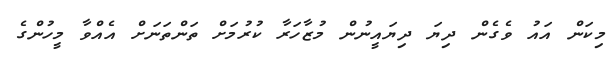
މިކަން އައު ވެގެން ދިޔަ ދިޔައީނުން މުޒާހަރާ ކުރުމަށް ތަންތަނަށް އެއްވާ މީހުންގެ